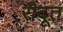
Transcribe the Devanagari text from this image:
रीदूत